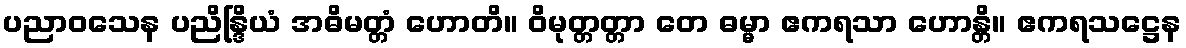
ပညာဝသေန ပညိန္ဒြိယံ အဓိမတ္တံ ဟောတိ။ ဝိမုတ္တတ္တာ တေ ဓမ္မာ ဧကရသာ ဟောန္တိ။ ဧကရသဋ္ဌေန